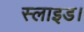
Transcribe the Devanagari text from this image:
स्लाइड।